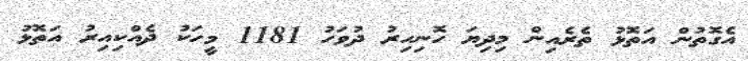
އެގޮތުން އަތޮޅު ތެރެއިން މިދިޔަ ހޮނިހިރު ދުވަހު 1181 މީހަކު ދެއްކިއިރު އަތޮޅު